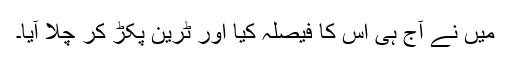
میں نے آج ہی اس کا فیصلہ کیا اور ٹرین پکڑ کر چلا آیا۔